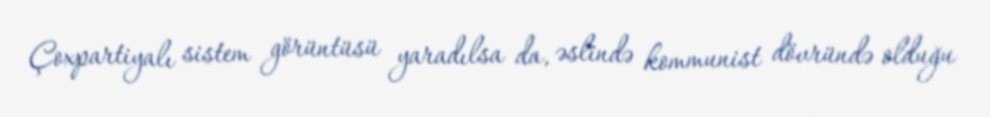
Çoxpartiyalı sistem görüntüsü yaradılsa da, əslində kommunist dövründə olduğu